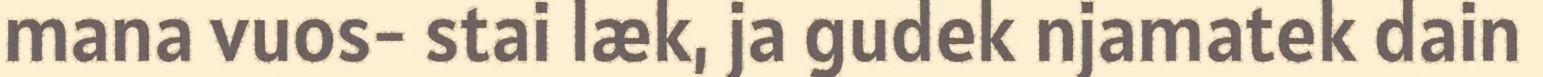
mana vuos- stai læk, ja gudek njamatek dain